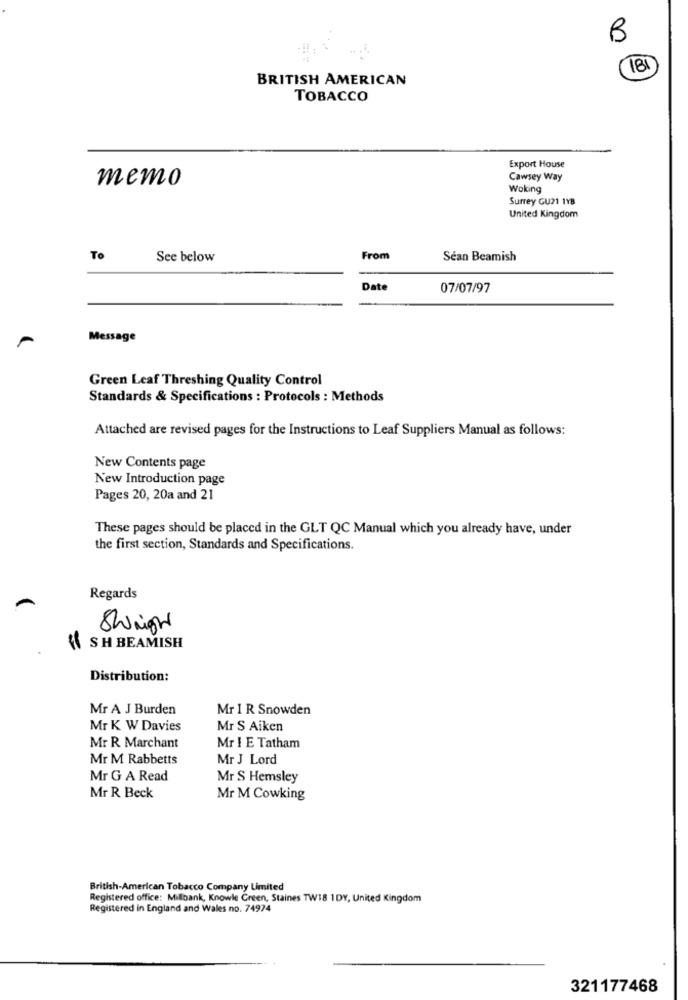
B
181
BRITISH AMERICAN
TOBACCO
Export House
memo
Cawsey Way
Woking
Surrey GU21 1YB
United Kingdom
To
See below
From
Sean Beamish
Date
07/07/97
Message
Green Leaf Threshing Quality Control
Standards & Specifications : Protocols : Methods
Attached are revised pages for the Instructions to Leaf Suppliers Manual as follows:
New Contents page
New Introduction page
Pages 20, 20a and 21
These pages should be placed in the GLT QC Manual which you already have, under
the first section, Standards and Specifications.
Regards
Shinight
SH BEAMISH
Distribution:
Mr A J Burden
Mr 1 R Snowden
Mr K W Davies
Mr S Aiken
Mr R Marchant
Mr ! E Tatham
Mr M Rabbetts
Mr J Lord
Mr G A Read
Mr S Hemsley
Mr R Beck
Mr M Cowking
British-American Tobacco Company Limited
Registered office: Millbank, Knowle Creen, Staines TW18 1DY, United Kingdom
Registered in England and Wales no. 74974
321177468